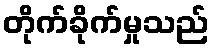
တိုက်ခိုက်မှုသည်